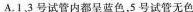
A.1、3号试管内都呈蓝色，5号试管无色